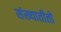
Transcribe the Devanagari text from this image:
संख्यातीतो